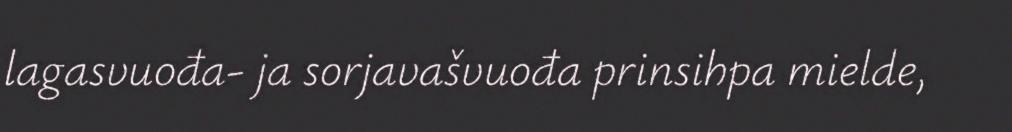
lagasvuođa- ja sorjavašvuođa prinsihpa mielde,